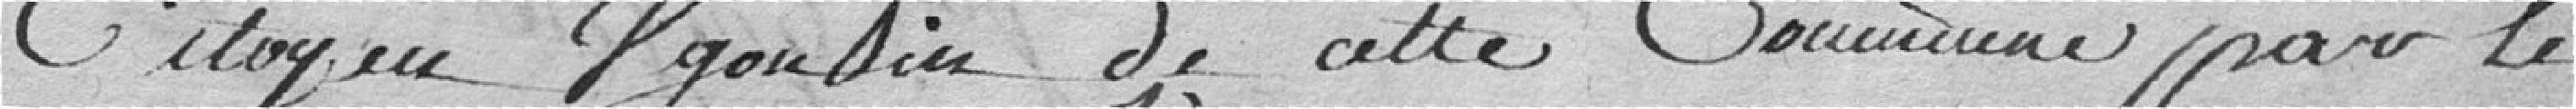
citoyen  Ugonin de cette commune pour le